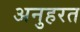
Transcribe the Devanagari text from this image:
अनुहरत